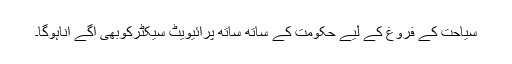
سیاحت کے فروغ کے لیے حکومت کے ساتھ ساتھ پرائیویٹ سیکٹرکوبھی آگے آناہوگا۔